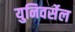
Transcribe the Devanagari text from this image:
युनिवर्सेल